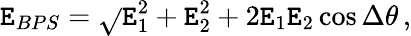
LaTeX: \mathtt{E}_{BPS}=\sqrt{}{{\mathtt{E}_{1}^{2}+\mathtt{E}_{2}^{2}+2\mathtt{E}_{1}\mathtt{E}_{2}\cos\Delta\theta}}\, ,